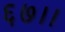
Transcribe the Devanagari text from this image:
६७।।